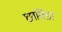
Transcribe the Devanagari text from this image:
छाविंडा